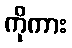
ကိုကား